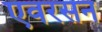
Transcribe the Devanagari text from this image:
एवरसन